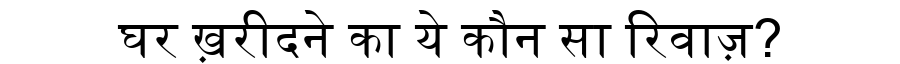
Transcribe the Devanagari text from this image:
घर ख़रीदने का ये कौन सा रिवाज़?